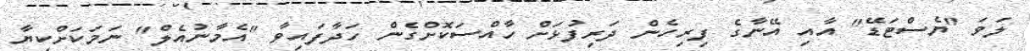
ލަވަ "ޔެސްޓަޑޭ" އާއި އޭނާގެ ފިރިހެން ދަރިފުޅަށް ހާއްސަކޮށްގެން ހަދާފައިވާ "އެމާނުއެލް" ނަމަކަށްކިޔާ